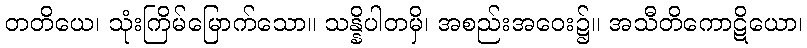
တတိယေ၊ သုံးကြိမ်မြောက်သော။ သန္နိပါတမှိ၊ အစည်းအဝေး၌။ အသီတိကောဋိယော၊